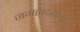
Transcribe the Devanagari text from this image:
जगतादरम्यान